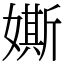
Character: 𡡒